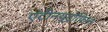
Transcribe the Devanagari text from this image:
एंटीनयूट्रोफिल